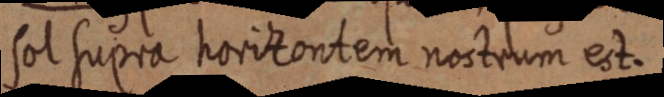
sol supra horizontem nostrum est.